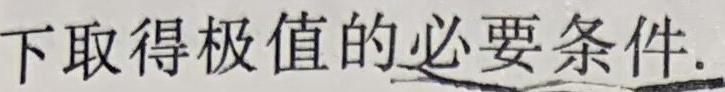
下取得极值的必要条件.